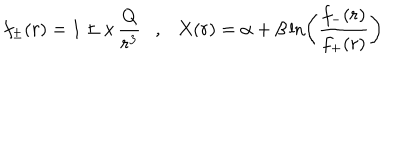
f _ { \pm } ( r ) = 1 \pm x \, \frac { Q } { r ^ { 3 } } , X ( r ) = \alpha + \beta \ln \left( \frac { f _ { - } ( r ) } { f _ { + } ( r ) } \right)